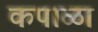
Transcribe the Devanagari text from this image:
कपाळा